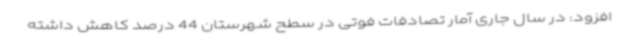
افزود: در سال جاری آمار تصادفات فوتی در سطح شهرستان 44 درصد کاهش داشته